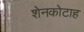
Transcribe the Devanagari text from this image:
शेनकोटाह